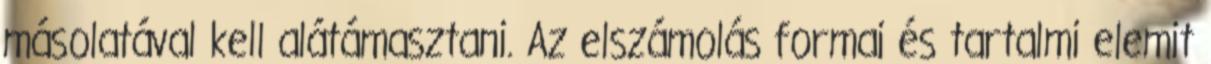
másolatával kell alátámasztani. Az elszámolás formai és tartalmi elemit